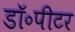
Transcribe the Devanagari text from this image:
डॉ॰पीटर